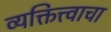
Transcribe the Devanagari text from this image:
व्यक्तित्त्वाचा